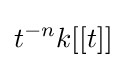
t^{-n}k[[t]]